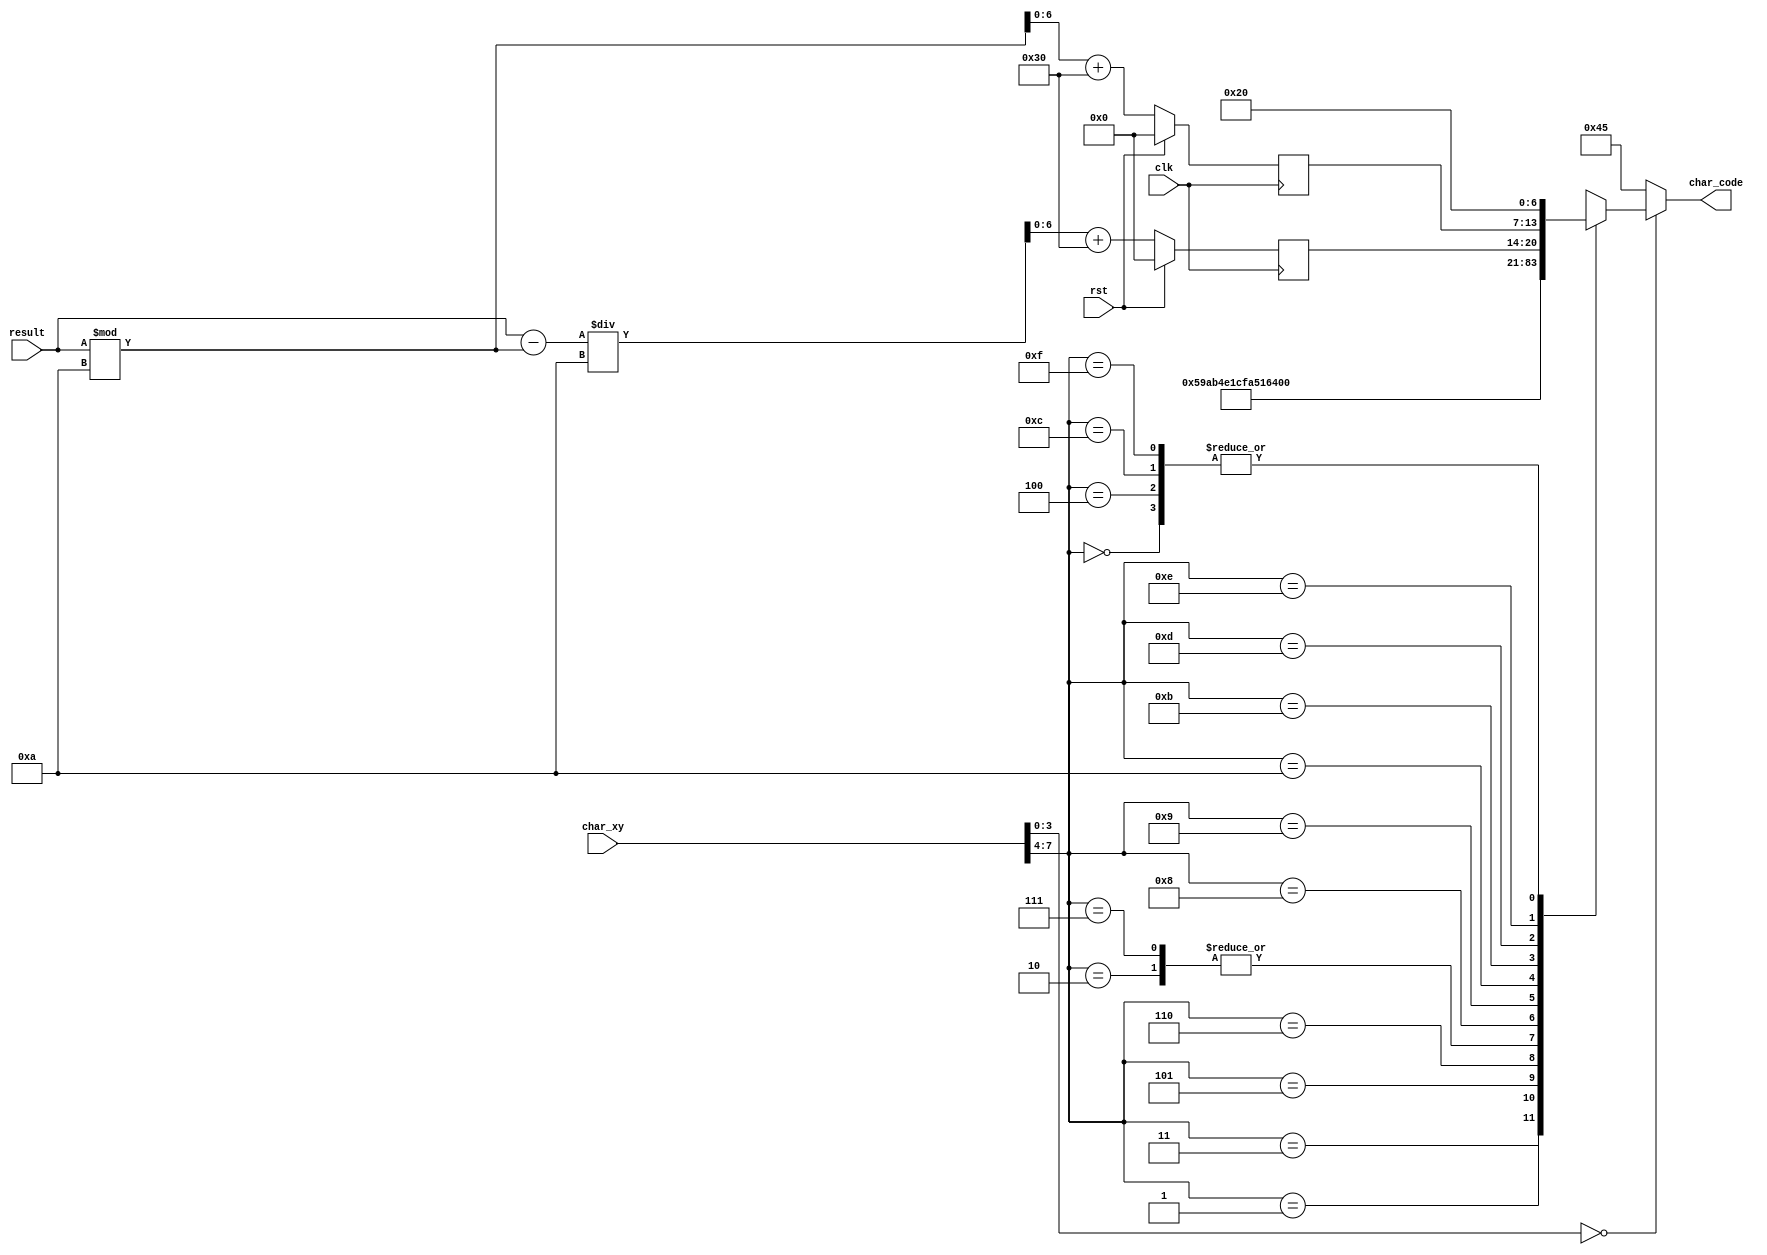

// The `timescale directive specifies what the
// simulation time units are (1 ns here) and what
// the simulator time step should be (1 ps here).

`timescale 1ns / 1ps

module char_rom_end(
    input wire [7:0] char_xy,
    input wire [9:0] result,
    input wire clk,
    input wire rst,
    output reg [6:0] char_code
    );
      
    reg [7:0] first=0, second=0;
    reg [7:0] first_nxt=0, second_nxt=0;
        
        
        always @(posedge clk) begin 
        if(rst) begin
            first = 0;
            second = 0;
            end
        else
           begin
           first <= first_nxt;
           second <= second_nxt;
        end
        end    
   
   
    always @* 
          begin
     //        first_nxt = (result/2) % 10 + 48;
       //      second_nxt = result/20 + 48;
             first_nxt = (result % 10) + 'h30;
             second_nxt = (result - (result % 10))/10 + 'h30;
          end
          
          
    //16 characters allowed in each line
    reg [0:127] line0   = " YOU SCORED:    ";
   /*
    reg [0:127] line1   = "  Jaroslawski   "; 
    reg [0:127] line2   = "Mikroelektronika";
   
    reg [0:127] line3   = "        1       ";
    reg [0:127] line4   = "        2       ";
    reg [0:127] line5   = "        3       ";
    reg [0:127] line6   = "        4       ";
    reg [0:127] line7   = "        5       ";
    reg [0:127] line8   = "        6       ";
    reg [0:127] line9   = "        7       ";
    reg [0:127] line10  = "        8       ";
    reg [0:127] line11  = "        9       ";
    reg [0:127] line12  = "       10       ";
    reg [0:127] line13  = "       11       ";
    reg [0:127] line14  = "       12       ";
    reg [0:127] line15  = "       13       ";
   */ 
    
   
    always @*
        if (char_xy[3:0] == 0)      //zerowa linijka
            case (char_xy[7:4])
                0:  char_code = line0[0:7];
                1:  char_code = line0[8:15];
                2:  char_code = line0[16:23];
                3:  char_code = line0[24:31];
                4:  char_code = line0[32:39];
                5:  char_code = line0[40:47];
                6:  char_code = line0[48:55];
                7:  char_code = line0[56:63];
                8:  char_code = line0[64:71];
                9:  char_code = line0[72:79];
                10:  char_code = line0[80:87];
                11:  char_code = line0[88:95];
                12:  char_code = line0[96:103];
                13:  char_code = second;
                14:  char_code = first;
                15:  char_code = line0[120:127];   
                default:
                char_code =7'h45;
            endcase
    /*    
        else if (char_xy[3:0] == 1) //pierwsza linijka
            case (char_xy[7:4])
                0:  char_code = line1[0:7];
                1:  char_code = line1[8:15];
                2:  char_code = line1[16:23];
                3:  char_code = line1[24:31];
                4:  char_code = line1[32:39];
                5:  char_code = line1[40:47];
                6:  char_code = line1[48:55];
                7:  char_code = line1[56:63];
                8:  char_code = line1[64:71];
                9:  char_code = line1[72:79];
                10:  char_code = line1[80:87];
                11:  char_code = line1[88:95];
                12:  char_code = line1[96:103];
                13:  char_code = line1[104:111];
                14:  char_code = line1[112:119];
                15:  char_code = line1[120:127];   
                default:
                char_code =7'h45; 
            endcase
                
        else if (char_xy[3:0] == 2) //druga linijka
            case (char_xy[7:4])
                0:  char_code = line2[0:7];
                1:  char_code = line2[8:15];
                2:  char_code = line2[16:23];
                3:  char_code = line2[24:31];
                4:  char_code = line2[32:39];
                5:  char_code = line2[40:47];
                6:  char_code = line2[48:55];
                7:  char_code = line2[56:63];
                8:  char_code = line2[64:71];
                9:  char_code = line2[72:79];
                10:  char_code = line2[80:87];
                11:  char_code = line2[88:95];
                12:  char_code = line2[96:103];
                13:  char_code = line2[104:111];
                14:  char_code = line2[112:119];
                15:  char_code = line2[120:127];
                default:
                char_code =7'h45;
            endcase
        
        else if (char_xy[3:0] == 3) //trzecia linijka
            case (char_xy[7:4])
                0:  char_code = line3[0:7];
                1:  char_code = line3[8:15];
                2:  char_code = line3[16:23];
                3:  char_code = line3[24:31];
                4:  char_code = line3[32:39];
                5:  char_code = line3[40:47];
                6:  char_code = line3[48:55];
                7:  char_code = line3[56:63];
                8:  char_code = line3[64:71];
                9:  char_code = line3[72:79];
                10:  char_code = line3[80:87];
                11:  char_code = line3[88:95];
                12:  char_code = line3[96:103];
                13:  char_code = line3[104:111];
                14:  char_code = line3[112:119];
                15:  char_code = line3[120:127]; 
                default:
                char_code =7'h45;
            endcase
        
        else if (char_xy[3:0] == 4) //czwarta linijka
            case (char_xy[7:4])
                0:  char_code = line4[0:7];
                1:  char_code = line4[8:15];
                2:  char_code = line4[16:23];
                3:  char_code = line4[24:31];
                4:  char_code = line4[32:39];
                5:  char_code = line4[40:47];
                6:  char_code = line4[48:55];
                7:  char_code = line4[56:63];
                8:  char_code = line4[64:71];
                9:  char_code = line4[72:79];
                10:  char_code = line4[80:87];
                11:  char_code = line4[88:95];
                12:  char_code = line4[96:103];
                13:  char_code = line4[104:111];
                14:  char_code = line4[112:119];
                15:  char_code = line4[120:127];  
                default:
                char_code =7'h45;
            endcase
        
        else if (char_xy[3:0] == 5) //piata linijka
            case (char_xy[7:4])
                0:  char_code = line5[0:7];
                1:  char_code = line5[8:15];
                2:  char_code = line5[16:23];
                3:  char_code = line5[24:31];
                4:  char_code = line5[32:39];
                5:  char_code = line5[40:47];
                6:  char_code = line5[48:55];
                7:  char_code = line5[56:63];
                8:  char_code = line5[64:71];
                9:  char_code = line5[72:79];
                10:  char_code = line5[80:87];
                11:  char_code = line5[88:95];
                12:  char_code = line5[96:103];
                13:  char_code = line5[104:111];
                14:  char_code = line5[112:119];
                15:  char_code = line5[120:127];
                default:
                char_code =7'h45; 
            endcase
        
        else if (char_xy[3:0] == 6) //szosta linijka
            case (char_xy[7:4])
                0:  char_code = line6[0:7];
                1:  char_code = line6[8:15];
                2:  char_code = line6[16:23];
                3:  char_code = line6[24:31];
                4:  char_code = line6[32:39];
                5:  char_code = line6[40:47];
                6:  char_code = line6[48:55];
                7:  char_code = line6[56:63];
                8:  char_code = line6[64:71];
                9:  char_code = line6[72:79];
                10:  char_code = line6[80:87];
                11:  char_code = line6[88:95];
                12:  char_code = line6[96:103];
                13:  char_code = line6[104:111];
                14:  char_code = line6[112:119];
                15:  char_code = line6[120:127];
                default:
                char_code =7'h45;   
            endcase
        
        else if (char_xy[3:0] == 7) //siodma linijka
            case (char_xy[7:4])
                0:  char_code = line7[0:7];
                1:  char_code = line7[8:15];
                2:  char_code = line7[16:23];
                3:  char_code = line7[24:31];
                4:  char_code = line7[32:39];
                5:  char_code = line7[40:47];
                6:  char_code = line7[48:55];
                7:  char_code = line7[56:63];
                8:  char_code = line7[64:71];
                9:  char_code = line7[72:79];
                10:  char_code = line7[80:87];
                11:  char_code = line7[88:95];
                12:  char_code = line7[96:103];
                13:  char_code = line7[104:111];
                14:  char_code = line7[112:119];
                15:  char_code = line7[120:127];
                default:
                char_code =7'h45;  
            endcase
        
        else if (char_xy[3:0] == 8) //osma linijka
            case (char_xy[7:4])
                0:  char_code = line8[0:7];
                1:  char_code = line8[8:15];
                2:  char_code = line8[16:23];
                3:  char_code = line8[24:31];
                4:  char_code = line8[32:39];
                5:  char_code = line8[40:47];
                6:  char_code = line8[48:55];
                7:  char_code = line8[56:63];
                8:  char_code = line8[64:71];
                9:  char_code = line8[72:79];
                10:  char_code = line8[80:87];
                11:  char_code = line8[88:95];
                12:  char_code = line8[96:103];
                13:  char_code = line8[104:111];
                14:  char_code = line8[112:119];
                15:  char_code = line8[120:127];
                default:
                char_code =7'h45;     
            endcase
        
        else if (char_xy[3:0] == 9) //dziewiata linijka
            case (char_xy[7:4])
                0:  char_code = line9[0:7];
                1:  char_code = line9[8:15];
                2:  char_code = line9[16:23];
                3:  char_code = line9[24:31];
                4:  char_code = line9[32:39];
                5:  char_code = line9[40:47];
                6:  char_code = line9[48:55];
                7:  char_code = line9[56:63];
                8:  char_code = line9[64:71];
                9:  char_code = line9[72:79];
                10:  char_code = line9[80:87];
                11:  char_code = line9[88:95];
                12:  char_code = line9[96:103];
                13:  char_code = line9[104:111];
                14:  char_code = line9[112:119];
                15:  char_code = line9[120:127];
                default:
                char_code =7'h45;
            endcase
        
        else if (char_xy[3:0] == 10) //dziesiata linijka
            case (char_xy[7:4])
                0:  char_code = line10[0:7];
                1:  char_code = line10[8:15];
                2:  char_code = line10[16:23];
                3:  char_code = line10[24:31];
                4:  char_code = line10[32:39];
                5:  char_code = line10[40:47];
                6:  char_code = line10[48:55];
                7:  char_code = line10[56:63];
                8:  char_code = line10[64:71];
                9:  char_code = line10[72:79];
                10:  char_code = line10[80:87];
                11:  char_code = line10[88:95];
                12:  char_code = line10[96:103];
                13:  char_code = line10[104:111];
                14:  char_code = line10[112:119];
                15:  char_code = line0[120:127];
                default:
                char_code =7'h45;  
            endcase
        
        else if (char_xy[3:0] == 11) //jedenasta linijka
            case (char_xy[7:4])
                0:  char_code = line11[0:7];
                1:  char_code = line11[8:15];
                2:  char_code = line11[16:23];
                3:  char_code = line11[24:31];
                4:  char_code = line11[32:39];
                5:  char_code = line11[40:47];
                6:  char_code = line11[48:55];
                7:  char_code = line11[56:63];
                8:  char_code = line11[64:71];
                9:  char_code = line11[72:79];
                10:  char_code = line11[80:87];
                11:  char_code = line11[88:95];
                12:  char_code = line11[96:103];
                13:  char_code = line11[104:111];
                14:  char_code = line11[112:119];
                15:  char_code = line0[120:127];
                default:
                char_code =7'h45;  
            endcase
        
        else if (char_xy[3:0] == 12) //dwunasta linijka
            case (char_xy[7:4])
                0:  char_code = line12[0:7];
                1:  char_code = line12[8:15];
                2:  char_code = line12[16:23];
                3:  char_code = line12[24:31];
                4:  char_code = line12[32:39];
                5:  char_code = line12[40:47];
                6:  char_code = line12[48:55];
                7:  char_code = line12[56:63];
                8:  char_code = line12[64:71];
                9:  char_code = line12[72:79];
                10:  char_code = line12[80:87];
                11:  char_code = line12[88:95];
                12:  char_code = line12[96:103];
                13:  char_code = line12[104:111];
                14:  char_code = line12[112:119];
                15:  char_code = line12[120:127];
                default:
                char_code =7'h45;  
            endcase
        
        else if (char_xy[3:0] == 13) //trzynasta linijka
            case (char_xy[7:4])
                0:  char_code = line13[0:7];
                1:  char_code = line13[8:15];
                2:  char_code = line13[16:23];
                3:  char_code = line13[24:31];
                4:  char_code = line13[32:39];
                5:  char_code = line13[40:47];
                6:  char_code = line13[48:55];
                7:  char_code = line13[56:63];
                8:  char_code = line13[64:71];
                9:  char_code = line13[72:79];
                10:  char_code = line13[80:87];
                11:  char_code = line13[88:95];
                12:  char_code = line13[96:103];
                13:  char_code = line13[104:111];
                14:  char_code = line13[112:119];
                15:  char_code = line13[120:127];
                default:
                char_code =7'h45; 
            endcase
        
        else if (char_xy[3:0] == 14) //czternasta linijka
            case (char_xy[7:4])
                0:  char_code = line14[0:7];
                1:  char_code = line14[8:15];
                2:  char_code = line14[16:23];
                3:  char_code = line14[24:31];
                4:  char_code = line14[32:39];
                5:  char_code = line14[40:47];
                6:  char_code = line14[48:55];
                7:  char_code = line14[56:63];
                8:  char_code = line14[64:71];
                9:  char_code = line14[72:79];
                10:  char_code = line14[80:87];
                11:  char_code = line14[88:95];
                12:  char_code = line14[96:103];
                13:  char_code = line14[104:111];
                14:  char_code = line14[112:119];
                15:  char_code = line14[120:127];
                default:
                char_code =7'h45; 
                
            endcase
        
        else if (char_xy[3:0] == 15) //pietnasta linijka
            case (char_xy[7:4])
                0:  char_code = line15[0:7];
                1:  char_code = line15[8:15];
                2:  char_code = line15[16:23];
                3:  char_code = line15[24:31];
                4:  char_code = line15[32:39];
                5:  char_code = line15[40:47];
                6:  char_code = line15[48:55];
                7:  char_code = line15[56:63];
                8:  char_code = line15[64:71];
                9:  char_code = line15[72:79];
                10:  char_code = line15[80:87];
                11:  char_code = line15[88:95];
                12:  char_code = line15[96:103];
                13:  char_code = line15[104:111];
                14:  char_code = line15[112:119];
                15:  char_code = line15[120:127];
                default:
                char_code =7'h45;  
               
            endcase
            */
         else  
                char_code =7'h45;
    endmodule